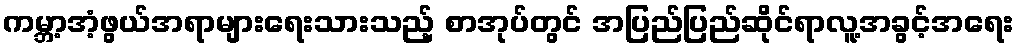
ကမ္ဘာ့အံ့ဖွယ်အရာများရေးသားသည့် စာအုပ်တွင် အပြည်ပြည်ဆိုင်ရာလူ့အခွင့်အရေး